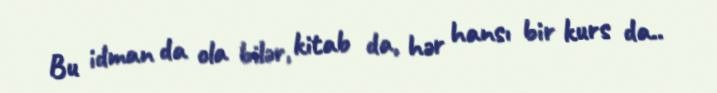
Bu idman da ola bilər, kitab da, hər hansı bir kurs da..